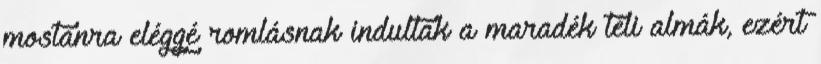
mostanra eléggé romlásnak indultak a maradék téli almák, ezért